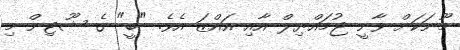
މޫނަކަށް ވާނީ ޖުމައްޔިލް އާއި އައްޒަ އެވެ. "ބީ" ގެ ޝޫޓިން މި